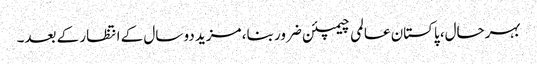
بہرحال، پاکستان عالمی چیمپئن ضرور بنا، مزید دو سال کے انتظار کے بعد۔